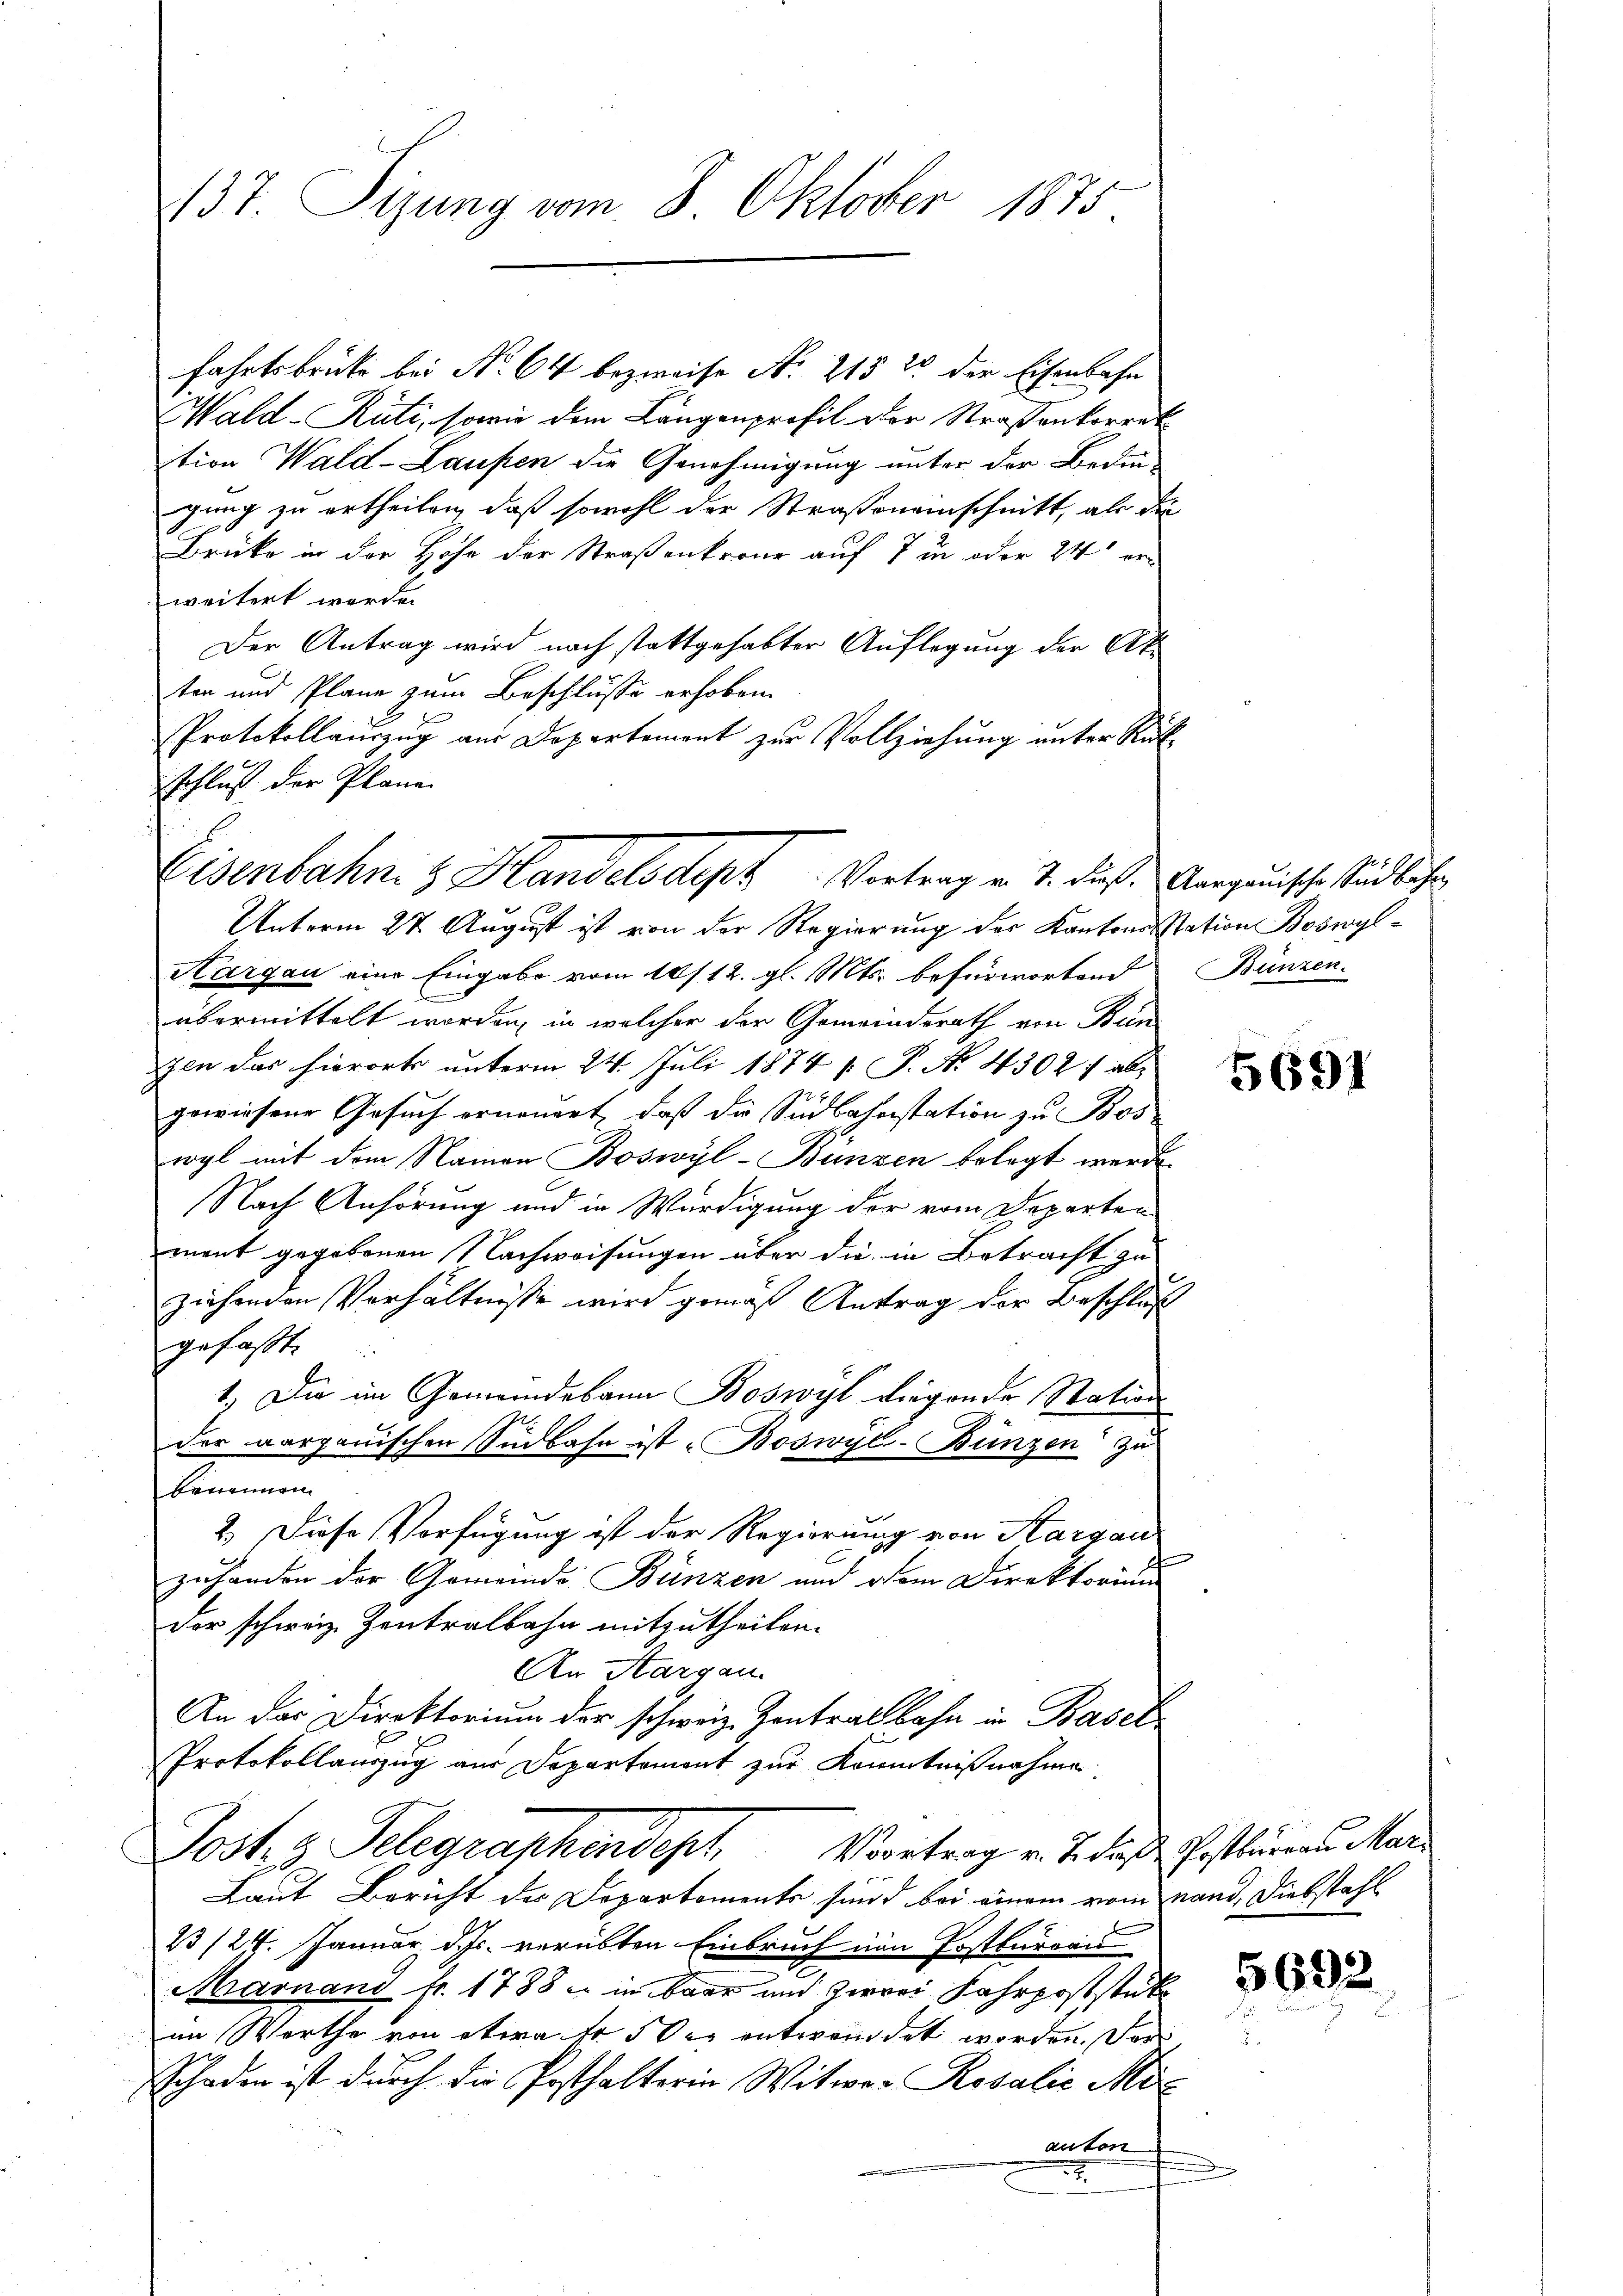
137. Sizung vom 8. Oktober 1875.

fahrtsbruke bei No 64 bezweife No. 215 t der Eisenbahn
Wald–Rüti, sowie dem Langenprofil der Straßenkorrek
tion Wald-Laufen die Genehmigung unter der Bedin-
gung zu ertheilen, daß sowohl der Straßeneinschnitt, als die
Brüke in der Hohe der Straßenkrone auf 7 in oder 24 orweitert werde.
Der Antrag wird nach stattgehabter Auflegung der Akten und Plane zum Beschlüsse erhoben.
Protokollauszug aus Departement zur Vollziehung unter Rück
schluß der Plane

Eisenbahn & Handelsdept Vortrag v. 7. dieß. Aargauische sind bähen

Unterm 27. August ist von der Regierung des Kantons Station Boswyl¬
Aargau eine Eingabe vom 10/12. gl. Mts. befürwortend Bünzen.
übermittelt worden, in welcher der Gemeinderath von Bun
hen das hierorts unterm 24. Juli 1874  P. Nr. 4302 f abgewiesene Gesuch erneuert, daß die Südbahnstation zu Boswrgl mit dem Namen Boswyl-Bünzen belegt werde.
Nach Anhörung und in Würdigung der vom Departen
mont gegebenen Nachweisungen über die in Betracht zu
ziehenden Verhältnisse wird gemäß Antrag der Beschluß
gefaßt.
1.) Die im Gemeindebana Boswyl Liegende Station
r
der aargauischen Sinbahn ist Boswyl-Bunzen zu
benennen.
2.) Diese Verfügung ist der Regierung von Aargau
zuhanden der Gemeinde Bünzen und vom Direktorium
der schweiz. Zentralbahn mitzutheilen.
An Aargau.
An das Direktorium der schweiz. Kontralbahn in Basel
e
Protokollauszug aus Departemont zur Kenntnißnahme
Post. g. Telegraphendept Vortrag v. J. daß Gestürmen Mar¬
Laut Bericht der Departemente sind bei einem vom Land, Diebstahl
23/24. Januar d. Js. verübten Einbruch ein Postbureaus
Marnand fr. 1788 u. in baar und zwei Fahrpoststücke
im Werthe von etwa 15 des entwendet worden. Der
Schaden ist durch die Posthalterin Witwe Rosalie Mianton
.

5691

5692